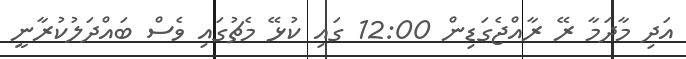
އަދި މާދަމާ ރޭ ރާއްޖެގަޑިން 12:00 ގައި ކުޅޭ މެޗުގައި ވެސް ބައްދަލުކުރާނީ